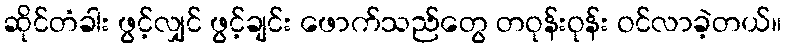
ဆိုင်တံခါး ဖွင့်လျှင် ဖွင့်ချင်း ဖောက်သည်တွေ တဝုန်းဝုန်း ဝင်လာခဲ့တယ်။